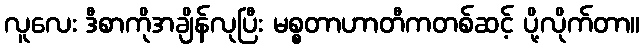
လူလေး ဒီစာကိုအချိန်လုပြီး မစ္စတာဟာတီကတစ်ဆင့် ပို့လိုက်တာ။